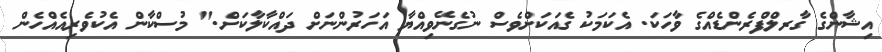
އިޝާންގެ ގާރލްފްރެންޑެއްގެ ވާހަކަ. އެކަމަކު ގެއަކަށްވެސް ނުގެނޭވިއްޔާ އަހަރުންނަށް ދައްކާލާކަށް." މުސްކާން އެކުވެރިއެއްހެން